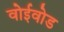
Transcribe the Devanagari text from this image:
वोईवोड